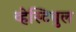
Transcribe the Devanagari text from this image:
व्हेस्टिबुल